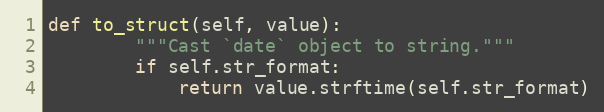
Language: Python
def to_struct(self, value):
        """Cast `date` object to string."""
        if self.str_format:
            return value.strftime(self.str_format)